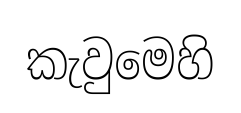
කැවුමෙහි